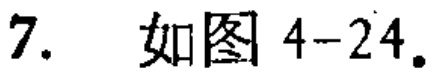
7. 如图4-24。